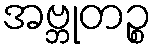
အဗ္ဘုတဉ္စ